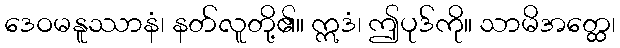
ဒေဝမနူဿာနံ၊ နတ်လူတို့၏။ ဣဒံ၊ ဤပုဒ်ကို။ သာမိအတ္ထေ၊